Indian journal of veterinary science and animal husbandry - Volumes 22-23, 1952-1953
Year: 1952
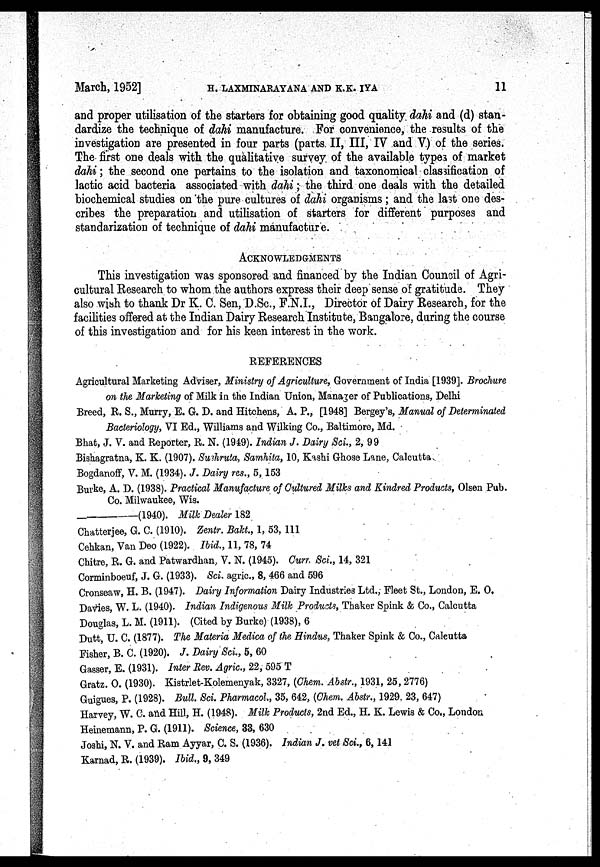
March, 1952]
H.
LAXMINARAYANA
AND
K.K.
IYA
11
and proper utilisation of the starters for obtaining good quality dahi and (d) stan-
dardize the technique of dahi manufacture. For convenience, the results of the
investigation are presented in four parts (parts. II, III, IV and V) of the series.
The first one deals with the qualitative survey of the available types of market
dahi; the second one pertains to the isolation and taxonomical classification of
lactic acid bacteria associated with dahi; the third one deals with the detailed
biochemical studies on 'the pure cultures of dahi organisms; and the last one des-
cribes the preparation and utilisation of starters for different purposes and
standarization of technique of dahi manufacture.
ACKNOWLEDGMENTS
This investigation was sponsored and financed by the Indian Council of Agri-
cultural Research to whom the authors express their deep sense of gratitude. They
also wish to thank Dr K. C. Sen, D.Sc., F.N.I., Director of Dairy Research, for the
facilities offered at the Indian Dairy Research Institute, Bangalore, during the course
of this investigation and for his keen interest in the work.
REFERENCES
Agricultural Marketing Adviser, Ministry of Agriculture, Government of India [1939]. Brochure
on the Marketing of Milk in the Indian Union, Manager of Publications, Delhi
Breed, R. S., Murry, E. G. D. and Hitchens, A. P., [1948] Bergey's, Manual of Determinated
Bacteriology, VI Ed., Williams and Wilking Co., Baltimore, Md.
Bhat, J. V. and Reporter, R. N. (1949). Indian J. Dairy Sci., 2, 99
Bishagratna, K. K. (1907). Sushruta, Samhita, 10, Kashi Ghose Lane, Calcutta.
Bogdanoff, V. M. (1934). J. Dairy res., 5, 153
Burke, A. D. (1938). Practical Manufacture of Cultured Milks and Kindred Products, Olsen Pub.
Co. Milwaukee, Wis.
_
(1940). Milk Dealer 182
Chatterjee, G. C. (1910). Zentr. Bakt., 1, 53, 111
Cehkan, Van Deo (1922). Ibid., 11, 78, 74
Chitre, R. G. and Patwardhan, V. N. (1945). Curr. Sci., 14, 321
Corminboeuf, J. G. (1933). Sci. agric., 8, 466 and 596
Cronseaw, H. B. (1947). Dairy Information Dairy Industries Ltd., Fleet St., London, E. O.
Davies, W. L. (1940). Indian Indigenous Milk Products, Thaker Spink & Co., Calcutta
Douglas, L. M. (1911). (Cited by Burke) (1938), 6
Dutt, U. C. (1877). The Materia Medica of the Hindus, Thaker Spink & Co., Calcutta
Fisher, B. C. (1920). J. Dairy Sci., 5, 60
Gasser, E. (1931). Inter Rev. Agric., 22, 595 T
Gratz. O. (1930). Kistrlet-Kolemenyak, 3327, (Chem. Abstr., 1931, 25, 2776)
Guigues, P. (1928). Bull. Sci. Pharmacol, 35, 642, (Chem. Abstr., 1929, 23, 647)
Harvey, W. C. and Hill, H. (1948). Milk Products, 2nd Ed., H. K. Lewis & Co., London
Heinemann, P. G. (1911). Science, 33, 630
Joshi, N. V. and Ram Ayyar, C. S. (1936). Indian J. vet Sci., 6, 141
Karnad, R. (1939). Ibid., 9, 349